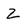
Character: 2